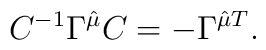
C^{-1}\Gamma^{\hat\mu}C=-\Gamma^{\hat\mu T}.